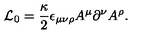
{ \cal L } _ { 0 } = \frac { \kappa } { 2 } \epsilon _ { \mu \nu \rho } A ^ { \mu } \partial ^ { \nu } A ^ { \rho } .